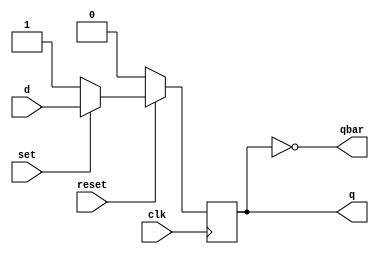
//D FF with synchronous set & reset
//----------------------------------
// Type : module
// Contact : mathewtg.mec@gmail.com
//------------------
//------------------
// Notes :- 

module dffsync (q,qbar,d,set,reset,clk);
 input d,set,reset,clk;
 output reg q;
 output qbar;

 assign qbar = ~q;

 always @ (posedge clk)
  begin
   if (reset==0) q<=0;		//Active Low Reset
   else if (set==0) q<=1;	//Active Low Set
   else q<=d;
  end

endmodule